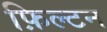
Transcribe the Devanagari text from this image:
फ़िल्टन